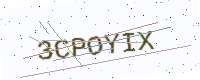
Text: 3CPOYIX